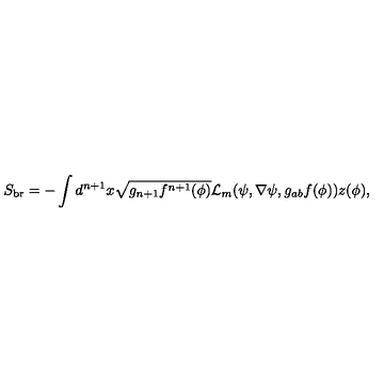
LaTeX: S _ { \mathrm { b r } } = - \int { d ^ { n + 1 } x \sqrt { g _ { n + 1 } f ^ { n + 1 } ( \phi ) } { \mathcal { L } } _ { m } ( \psi , \nabla \psi , g _ { a b } f ( \phi ) ) } z ( \phi ) ,